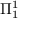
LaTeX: \Pi _ { 1 } ^ { 1 }